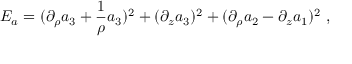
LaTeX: E _ { a } = ( \partial _ { \rho } a _ { 3 } + { \frac { 1 } { \rho } } a _ { 3 } ) ^ { 2 } + ( \partial _ { z } a _ { 3 } ) ^ { 2 } + ( \partial _ { \rho } a _ { 2 } - \partial _ { z } a _ { 1 } ) ^ { 2 } \ ,